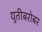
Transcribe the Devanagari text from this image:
युतीबरोबर